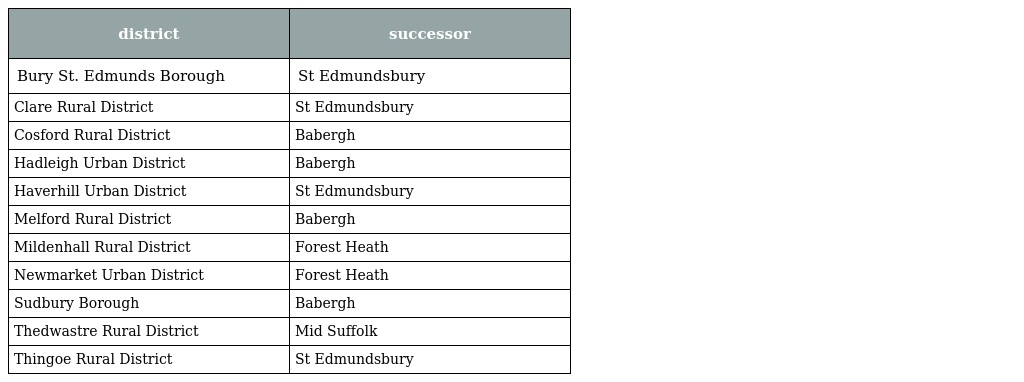
| district | successor |
 | --- | --- |
 | Bury St. Edmunds Borough | St Edmundsbury |
 | Clare Rural District | St Edmundsbury |
 | Cosford Rural District | Babergh |
 | Hadleigh Urban District | Babergh |
 | Haverhill Urban District | St Edmundsbury |
 | Melford Rural District | Babergh |
 | Mildenhall Rural District | Forest Heath |
 | Newmarket Urban District | Forest Heath |
 | Sudbury Borough | Babergh |
 | Thedwastre Rural District | Mid Suffolk |
 | Thingoe Rural District | St Edmundsbury |